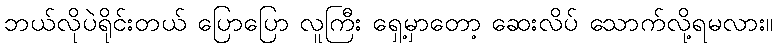
ဘယ်လိုပဲရိုင်းတယ် ပြောပြော လူကြီး ရှေ့မှာတော့ ဆေးလိပ် သောက်လို့ရမလား။